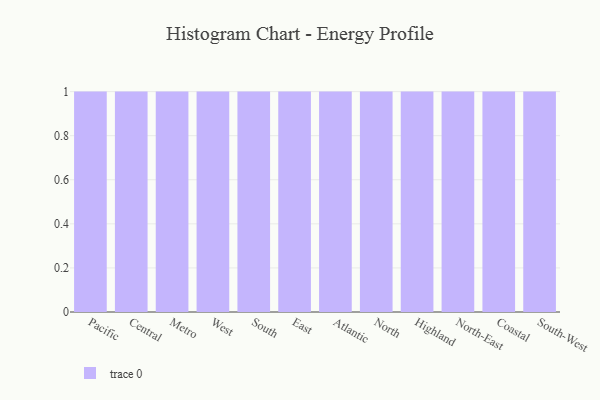
{"axis": {"x": "Region", "y": "LTV (USD)"}, "legend": [""], "data": [{"x": "Pacific", "y": 55, "type": ""}, {"x": "Central", "y": 51, "type": ""}, {"x": "Metro", "y": 55, "type": ""}, {"x": "West", "y": 54, "type": ""}, {"x": "South", "y": 39, "type": ""}, {"x": "East", "y": 46, "type": ""}, {"x": "Atlantic", "y": 74, "type": ""}, {"x": "North", "y": 44, "type": ""}, {"x": "Highland", "y": 89, "type": ""}, {"x": "North-East", "y": 13, "type": ""}, {"x": "Coastal", "y": 41, "type": ""}, {"x": "South-West", "y": 11, "type": ""}]}